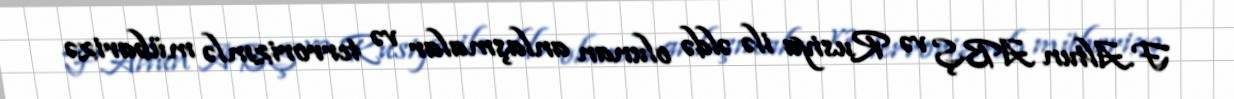
F.Altun ABŞ və Rusiya ilə əldə olunan anlaşmalar və terrorizmlə mübarizə